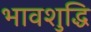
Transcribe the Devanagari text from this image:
भावशुद्धि